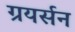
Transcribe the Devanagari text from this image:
ग्रयर्सन